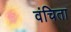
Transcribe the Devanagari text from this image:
वंचिता